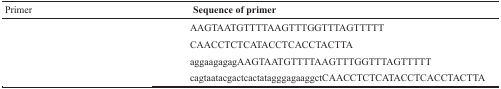
<table><thead><tr><td><b>Primer</b></td><td><b>Sequence of primer</b></td></tr></thead><tbody><tr><td>[EMPTY_CELL]</td><td>AAGTAATGTTTTAAGTTTGGTTTAGTTTTT</td></tr><tr><td>[EMPTY_CELL]</td><td>CAACCTCTCATACCTCACCTACTTA</td></tr><tr><td>[EMPTY_CELL]</td><td>aggaagagagAAGTAATGTTTTAAGTTTGGTTTAGTTTTT</td></tr><tr><td>[EMPTY_CELL]</td><td>cagtaatacgactcactatagggagaaggctCAACCTCTCATACCTCACCTACTTA</td></tr></tbody></table>